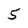
Character: 5